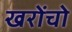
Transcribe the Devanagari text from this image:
खरोंचो